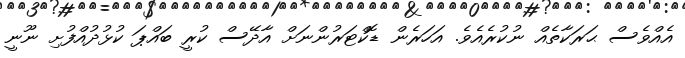
އެއްވެސް ޙަރަކާތެއް ނުކުރެއެވެ. އަހަރެން ޑޮކްޓަރުންނަށް އާދޭސް ކުރީ ބައްޕަ ކުޅުދުއްފުށި ނޫނީ